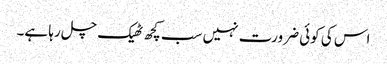
اس کی کوئی ضرورت نہیں سب کچھ ٹھیک چل رہا ہے۔